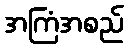
အကြံအစည်